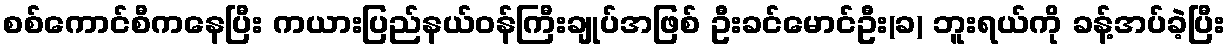
စစ်ကောင်စီကနေပြီး ကယားပြည်နယ်ဝန်ကြီးချုပ်အဖြစ် ဦးခင်မောင်ဦး(ခ) ဘူးရယ်ကို ခန့်အပ်ခဲ့ပြီး